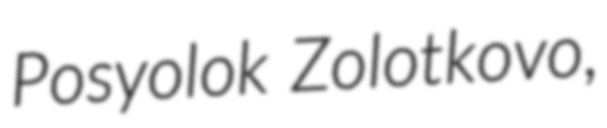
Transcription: Posyolok Zolotkovo,